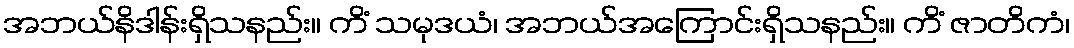
အဘယ်နိဒါန်းရှိသနည်း။ ကိံ သမုဒယံ၊ အဘယ်အကြောင်းရှိသနည်း။ ကိံ ဇာတိကံ၊